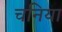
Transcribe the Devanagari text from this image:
चनिया